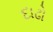
દાઢો